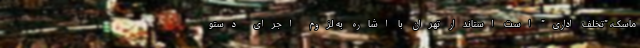
ماسک، "تخلف اداری" است استاندار تهران با اشاره به لزوم اجرای دستو